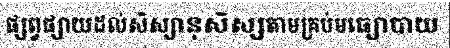
ផ្សព្វផ្សាយដល់សិស្សានុសិស្សតាមគ្រប់មធ្យោបាយ